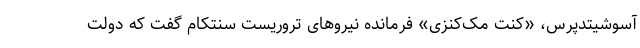
آسوشیتدپرس، «کنت مک‌کنزی» فرمانده نیروهای تروریست‌ سنتکام گفت که دولت